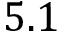
5 . 1